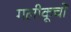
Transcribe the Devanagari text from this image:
गलीकूचों